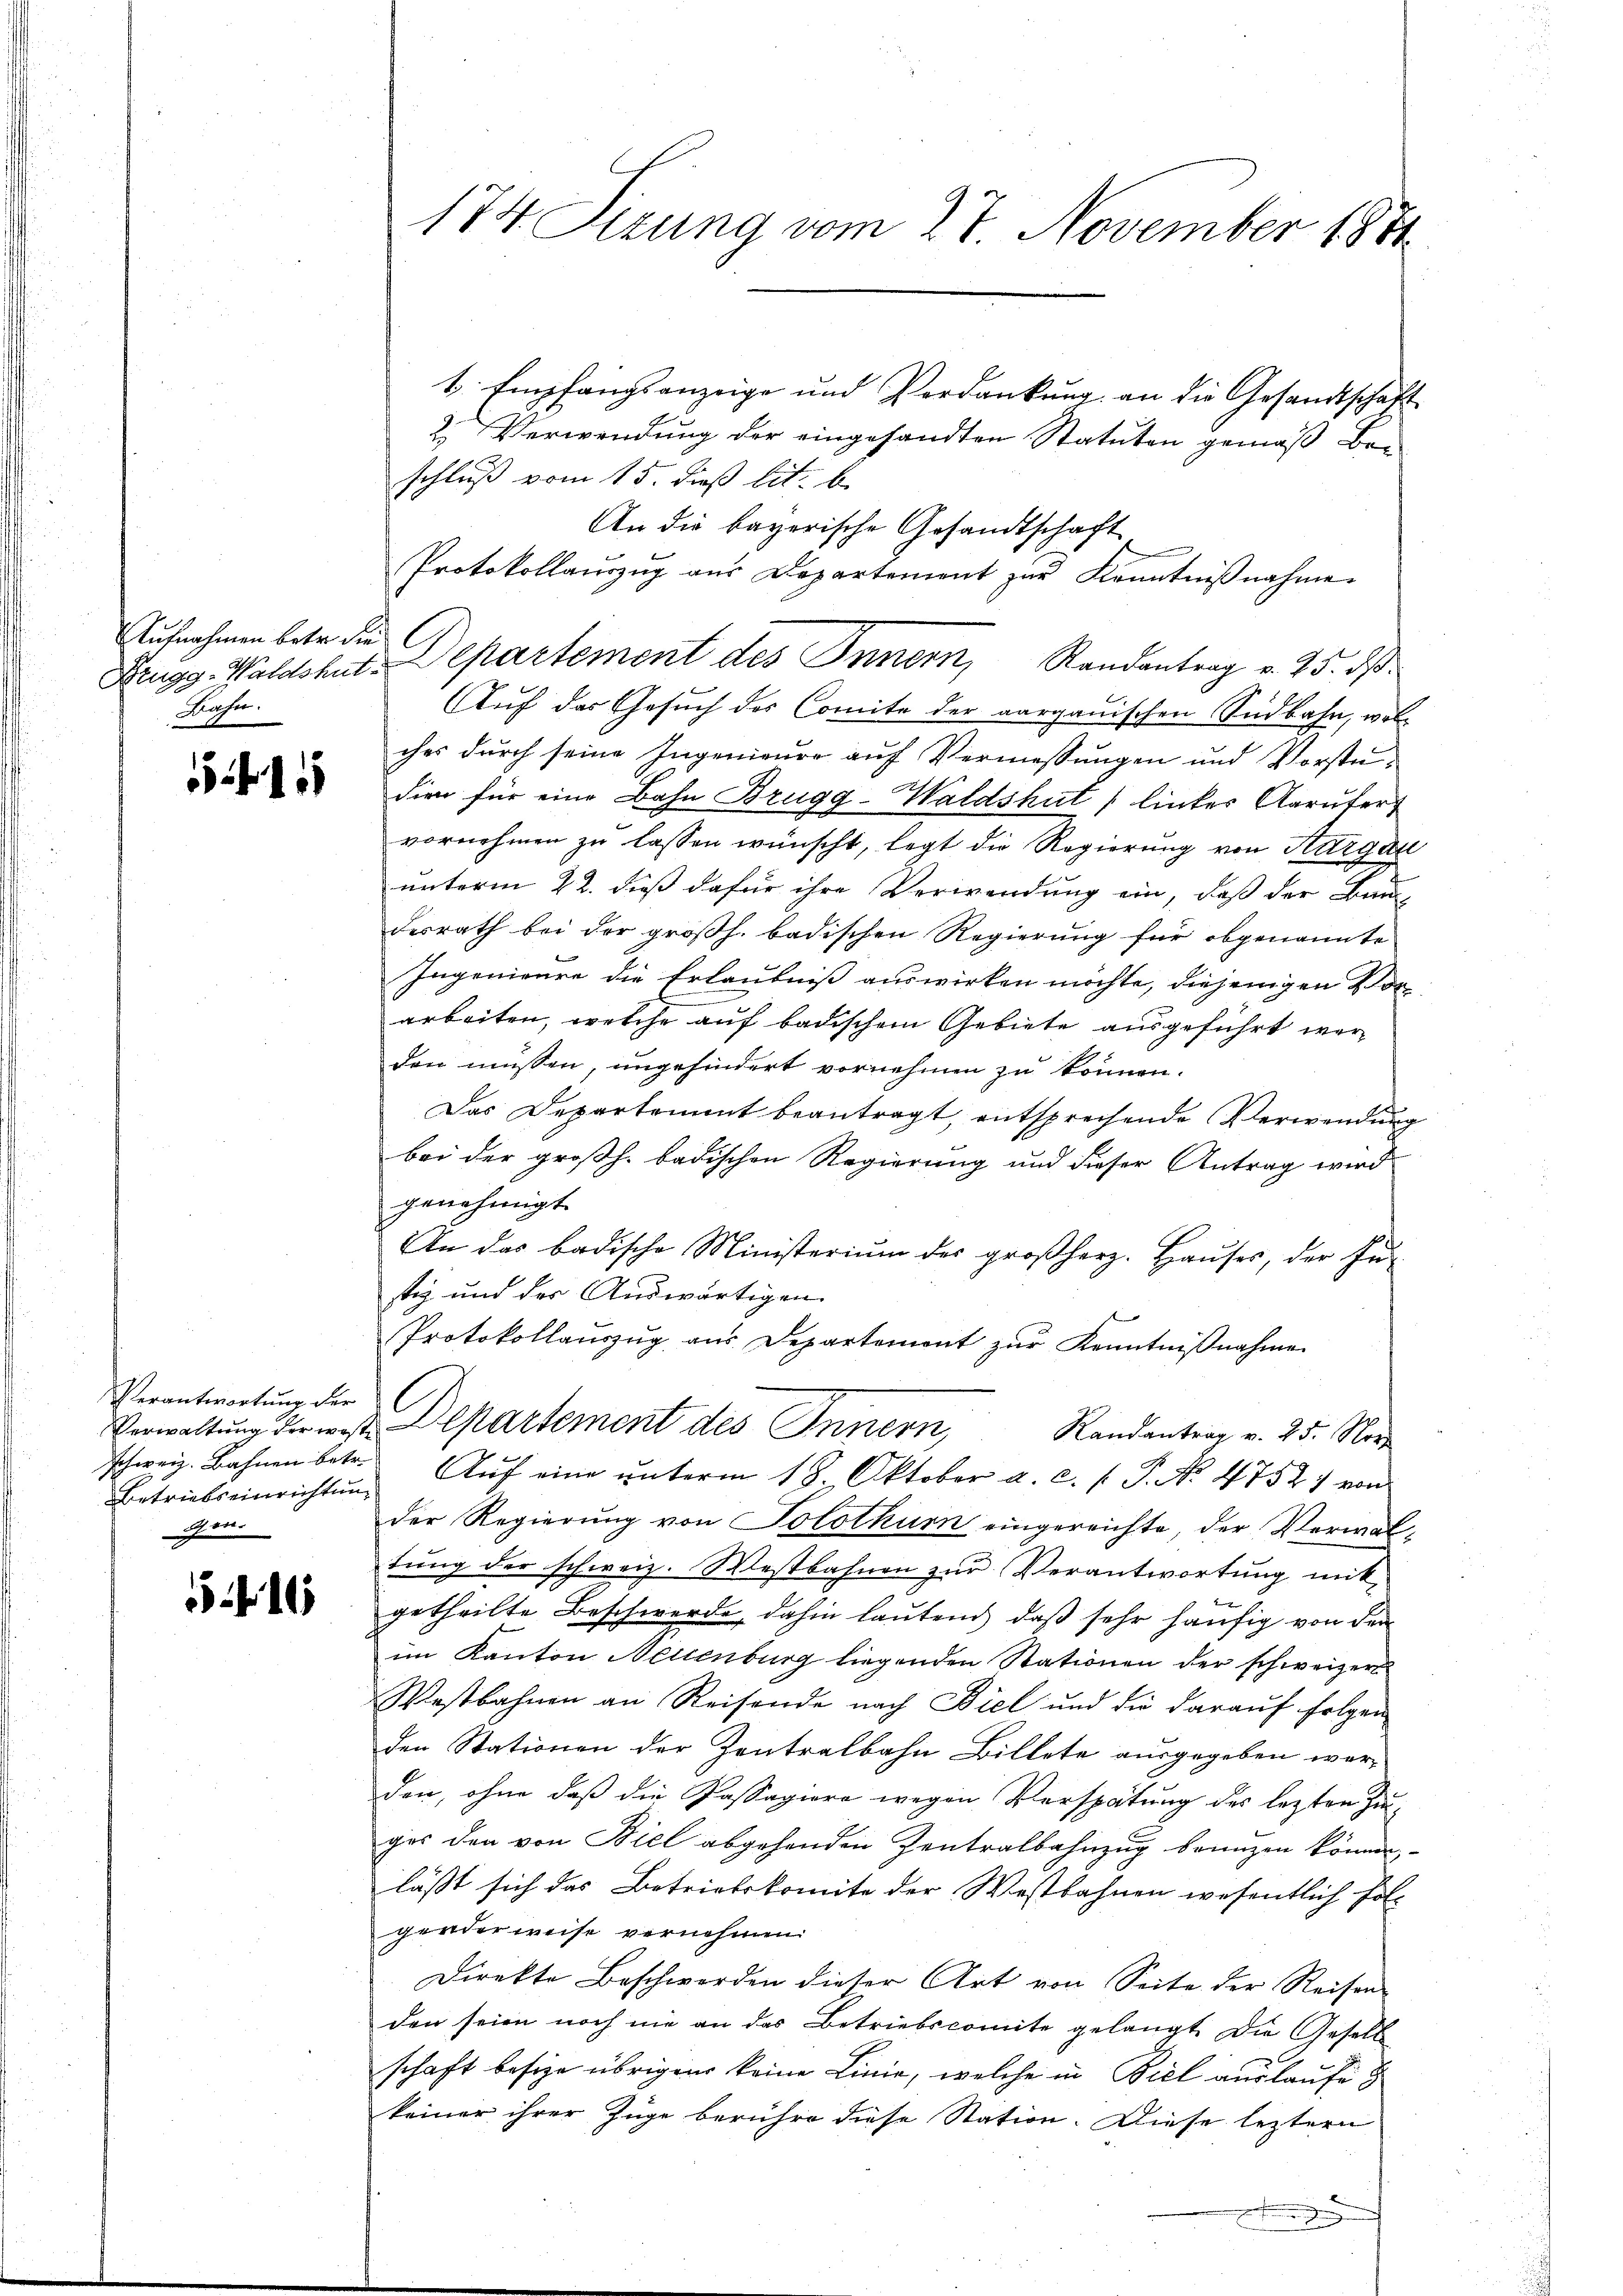
Aufnahmen betr. die C
Machen.

1511

Verantwortung der
Betriebseinrichtung
gen.

174. Sitzung vom 27. November 1881

t. Empfangsanzeige und Verdankung an die Gesandtschaft
2. Verwendung der eingesandten Statuten gemäß Be-
schluß vom 15. dieß lit. b.
An die bayerische Gesandtschaft
Protokollauszug aus Departement zur Kenntnißnahme.
Auf das Gesŭch des Comite der aargauischen Südbahn, welches durch seine Ingenieurs auf Vermessungen und Vorstudien für eine Bahn Brugg-Waldshut linker Aarŭfert
vornehmen zu lassen wünscht, legt die Regierung von Kurgan
unterm 22. dieß dafür ihre Verwendung ein, daß der Bau-
desrath bei der großh. badischen Regierung für obgenannte
Ingenieure die Erlaubniß auswirken möchte, diejenigen Vorarbeiten, welche auf badischem Gebiete ausgeführt werden müssen, ungehindert vornehmen zu können.
Das Departement beantragt, entsprechende Verwendung
bei der großh. badischen Regierung und dieser Antrag wird
genehmigt.
An das badische Ministerium der großherz. Hauses, der Fu-
stig und der Auswärtigen
Protokollaŭszŭg aŭs Departement zŭr Kenntniβnahme
e
Verwaltŭng der was Departement des Innern, Randantrag v. 25. Nor
schweiz. Bahnen betr. Auf eine unterm 18. Oktober a. c. l. P. No. 4752) von
der Regierung von Solothur eingereichte, der Verwaltŭng der schweiz. Westbahnen zŭr Verantwortung mit
getheilte Beschwerde, dahin lautend, daß sehr häufig von der
im Kanton Neuenburg liegenden Stationen der schweizer
Westbahnen an Reisende nach Biel und die darauf folgen
den Stationen der Zentralbahn Billete ausgegeben werden, ohne daß die Passagiere wegen Verspätung des lezten Zu-
ges den von Biel abgehenden Zentralbahnzug branzen können
läßt sich das Betriebskomite der Westbahnen wesentlich fol-
genderweise vernehmen:
Direkte Beschworden dieser Art von Seite der Reisen-
den seien noch nie an das Betriebscomite gelangt. Die Gesell
schaft besize übrigen keine Linie, welche in Biel auslaufe
keiner ihrer Züge berühre diese Station. Diese leztern

Brugg-Waldshut. Departement des Innern, Randantrag v. 25. dβ